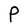
Character: P